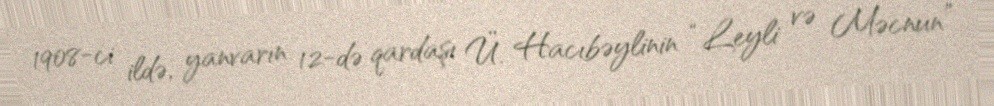
1908-ci ildə, yanvarın 12-də qardaşı Ü. Hacıbəylinin “Leyli və Məcnun”